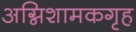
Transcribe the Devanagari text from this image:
अग्निशामकगृह